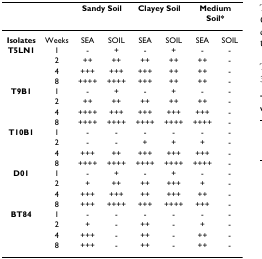
<table><thead><tr><td></td><td></td><td colspan="2"><b>Sandy Soil</b></td><td colspan="2"><b>Clayey Soil</b></td><td colspan="2"><b>Medium Soil*</b></td></tr></thead><tbody><tr><td><b>Isolates</b></td><td>Weeks</td><td>SEA</td><td>SOIL</td><td>SEA</td><td>SOIL</td><td>SEA</td><td>SOIL</td></tr><tr><td><b>T5LN1</b></td><td>1</td><td>-</td><td>+</td><td>-</td><td>+</td><td>-</td><td>-</td></tr><tr><td></td><td>2</td><td>++</td><td>++</td><td>++</td><td>++</td><td>++</td><td>-</td></tr><tr><td></td><td>4</td><td>+++</td><td>+++</td><td>+++</td><td>++</td><td>++</td><td>-</td></tr><tr><td></td><td>8</td><td>++++</td><td>++++</td><td>+++</td><td>++</td><td>++</td><td>-</td></tr><tr><td><b>T9B1</b></td><td>1</td><td>-</td><td>+</td><td>-</td><td>+</td><td>-</td><td>-</td></tr><tr><td></td><td>2</td><td>++</td><td>++</td><td>++</td><td>++</td><td>++</td><td>-</td></tr><tr><td></td><td>4</td><td>++++</td><td>+++</td><td>+++</td><td>+++</td><td>+++</td><td>-</td></tr><tr><td></td><td>8</td><td>++++</td><td>++++</td><td>++++</td><td>++++</td><td>++++</td><td>-</td></tr><tr><td><b>T10B1</b></td><td>1</td><td>-</td><td>-</td><td>-</td><td>-</td><td>-</td><td>-</td></tr><tr><td></td><td>2</td><td>-</td><td>-</td><td>+</td><td>+</td><td>+</td><td>-</td></tr><tr><td></td><td>4</td><td>+++</td><td>++</td><td>+++</td><td>+++</td><td>+++</td><td>-</td></tr><tr><td></td><td>8</td><td>++++</td><td>++++</td><td>++++</td><td>++++</td><td>++++</td><td>-</td></tr><tr><td><b>D01</b></td><td>1</td><td>-</td><td>+</td><td>-</td><td>+</td><td>-</td><td>-</td></tr><tr><td></td><td>2</td><td>+</td><td>++</td><td>++</td><td>+++</td><td>+</td><td>-</td></tr><tr><td></td><td>4</td><td>+++</td><td>+++</td><td>++</td><td>+++</td><td>++</td><td>-</td></tr><tr><td></td><td>8</td><td>+++</td><td>++++</td><td>+++</td><td>++++</td><td>+++</td><td>-</td></tr><tr><td><b>BT84</b></td><td>1</td><td>-</td><td>-</td><td>-</td><td>-</td><td>-</td><td>-</td></tr><tr><td></td><td>2</td><td>+</td><td>-</td><td>++</td><td>-</td><td>+</td><td>-</td></tr><tr><td></td><td>4</td><td>+++</td><td>-</td><td>++</td><td>-</td><td>++</td><td>-</td></tr><tr><td></td><td>8</td><td>+++</td><td>-</td><td>++</td><td>-</td><td>++</td><td>-</td></tr></tbody></table>